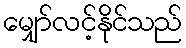
မျှော်လင့်နိုင်သည်